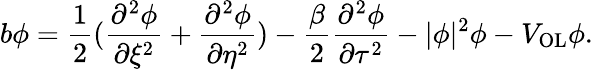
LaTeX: b\phi=\frac{1}{2}(\frac{\partial^{2}\phi}{\partial\xi^{2}}+\frac{\partial^{2}\phi}{\partial\eta^{2}})-\frac{\beta}{2}\frac{\partial^{2}\phi}{\partial\tau^{2}}-|\phi|^{2}\phi-V_{\textrm{OL}}\phi.